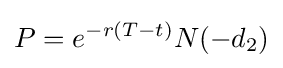
P=e^{-r(T-t)}N(-d_{2})